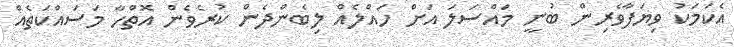
އެކަމަކު ވިޔަފާވެރިން ބުނީ މައްސަލަ އަށް ހައްލެއް ލިބެންދެން ކުރެވެން އޮތްހާ މަސައްކަތެއް